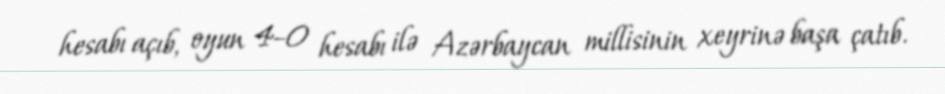
hesabı açıb, oyun 4–0 hesabı ilə Azərbaycan millisinin xeyrinə başa çatıb.